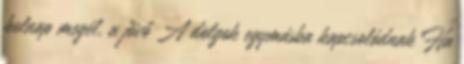
holnap megél, a jövő A dolgok egymásba kapcsolódnak Ha